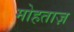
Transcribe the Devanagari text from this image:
मोहताज़